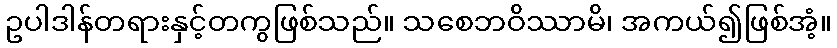
ဥပါဒါန်တရားနှင့်တကွဖြစ်သည်။ သစေဘဝိဿာမိ၊ အကယ်၍ဖြစ်အံ့။